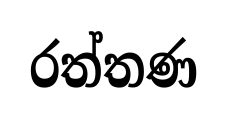
රත්තණ